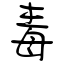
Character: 毒